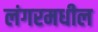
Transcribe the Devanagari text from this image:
लंगरमधील